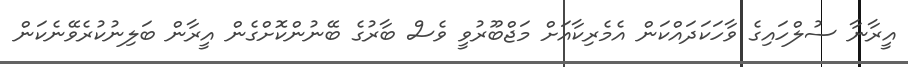
އީރާނާ ސުލްހައިގެ ވާހަކަދައްކަން އެމެރިކާއަށް މަޖްބޫރުވީ ވެސް ބާރުގެ ބޭނުންކޮށްގެން އީރާން ބަލިނުކުރެވޭނެކަން